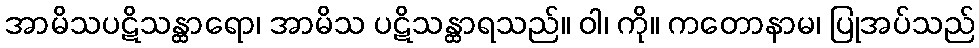
အာမိသပဋိသန္ထာရော၊ အာမိသ ပဋိသန္ထာရသည်။ ဝါ၊ ကို။ ကတောနာမ၊ ပြုအပ်သည်